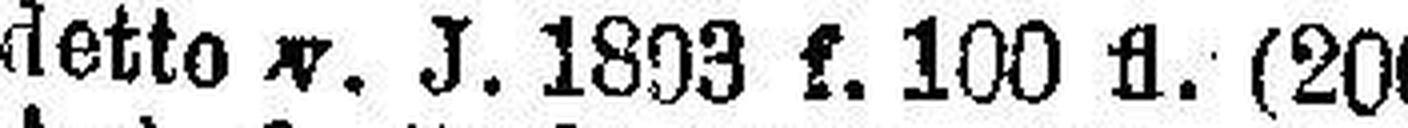
detto v. J. 1893 f. 100 fl. (200 Kr.) 4%